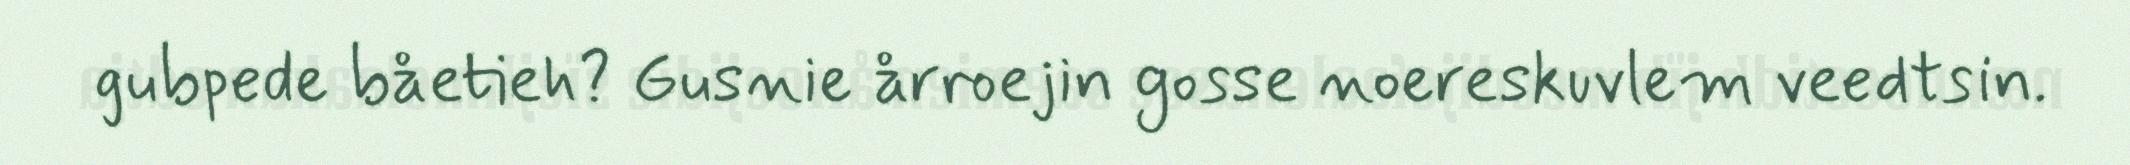
gubpede båetieh? Gusnie årroejin gosse noereskuvlem veedtsin.